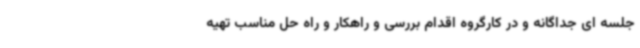
جلسه ای جداگانه و در کارگروه اقدام بررسی و راهکار و راه حل مناسب تهیه